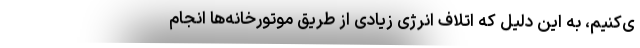
ی‌کنیم، به این دلیل که اتلاف انرژی زیادی از طریق موتورخانه‌ها انجام